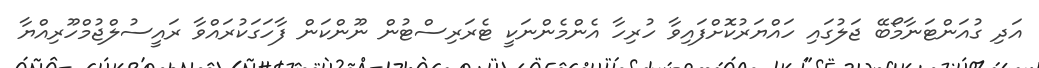
އަދި ގުއަންޓަނާމޯބޭ ޖަލުގައި ހައްޔަރުކޮށްފައިވާ ހުރިހާ އެންމެންނަކީ ޓެރަރިސްޓުން ނޫންކަން ފާހަގަކުރައްވާ ރައީސުލްޖުމްހޫރިއްޔާ